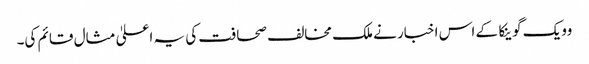
وویک گوینکا کے اس اخبار نے ملک مخالف صحافت کی یہ اعلیٰ مثال قائم کی۔